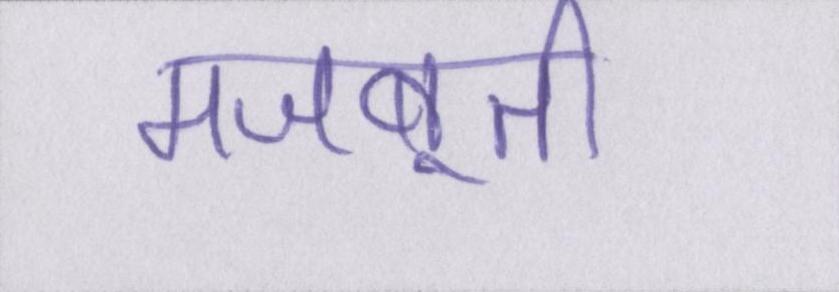
मजबूती